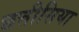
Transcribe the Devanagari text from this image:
छत्तीसिया